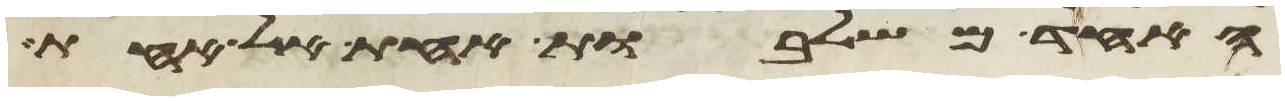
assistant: האחד משלבות אחת אל אחת